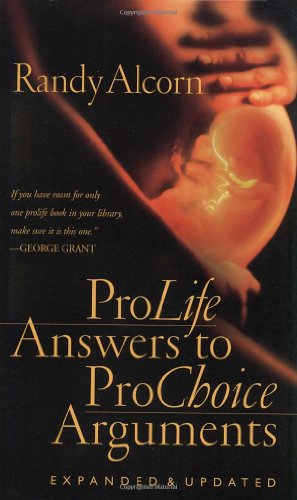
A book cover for Pro-Life Answers to Pro-Choice Arguments Expanded & Updated; Randy Alcorn; Politics & Social Sciences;